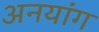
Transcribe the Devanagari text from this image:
अनयांग